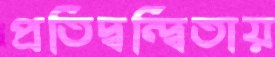
প্রতিদ্বন্দ্বিতায়